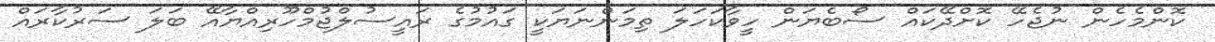
ކޮންމެހެން ނުޖެހޭ ކޮށްދޭކައް ސޯބެޔަން ހީވާކަހަލަ ތިމަންނަޔަކީ ގައުމުގެ ރައީސުލްޖުމްހޫރިއްޔާއޭ ބަލަ ސަރުކާރައް